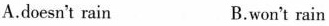
A.doesn't rain B.won't rain